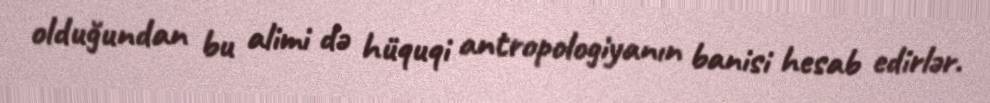
olduğundan bu alimi də hüquqi antropologiyanın banisi hesab edirlər.